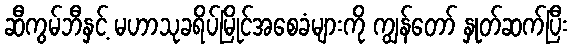
ဆီကွမ်ဘီနှင့် မဟာသုခရိပ်မြိုင်အစေခံများကို ကျွန်တော် နှုတ်ဆက်ပြီး